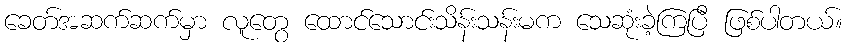
ခေတ်အဆက်ဆက်မှာ လူတွေ ထောင်သောင်းသိန်းသန်းမက သေဆုံးခဲ့ကြပြီ ဖြစ်ပါတယ်။